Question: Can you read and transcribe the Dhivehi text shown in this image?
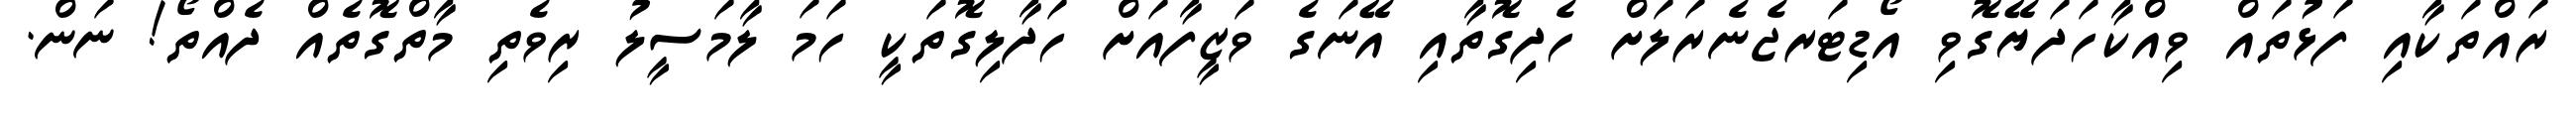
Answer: ރައްތަކާއި ފަޅުތައް ވިއްކާހަދަޔޭގޮވި އޯޑިޓަރޖެނެރަލަށް ހެދިގޮތާއި އޭނަގެ ވަޒީފާއަށް ހަދާލިގޮތަކީ ހަމަ ލާމަސީލު ރިވެތި މާތްގޮތެއް ދެއްތޯ! ނަން.